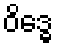
ဝိဒ္ဓေ